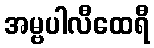
အမ္ဗပါလီထေရီ